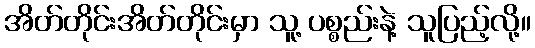
အိတ်တိုင်းအိတ်တိုင်းမှာ သူ့ ပစ္စည်းနဲ့ သူပြည့်လို့။